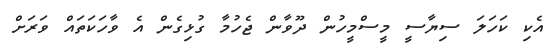
އެކި ކަހަލަ ސިޔާސީ މީސްމީހުން ދޫވާން ޖެހުމާ ގުޅިގެން އެ ވާހަކަތައް ވަރަށް